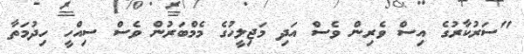
"ސަރުކާރުގެ އިސް ވެރިން ވެސް އަދި މަޖިލީހުގެ މެމްބަރުން ވެސް ސިއްހީ ހިދުމަތާ